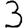
Digit: 3